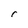
Character: r